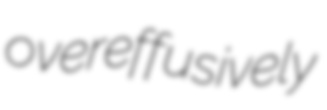
overeffusively